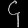
Digit: ၄